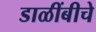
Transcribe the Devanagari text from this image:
डाळींबीचे